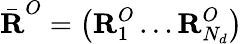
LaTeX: \bar{\textbf{R}}^{O}=\left(\textbf{R}_{1}^{O}\ldots\textbf{R}_{N_{d}}^{O}\right)